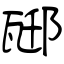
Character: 邷